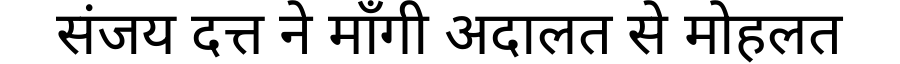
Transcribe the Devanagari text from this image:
संजय दत्त ने माँगी अदालत से मोहलत